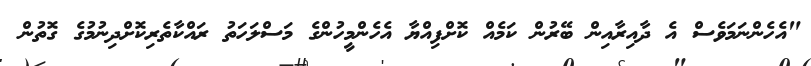
"އެހެންނަމަވެސް އެ ދާއިރާއިން ބޭރުން ކަމެއް ކޮށްފިއްޔާ އެހެންމީހުންގެ މަސްލަހަތު ރައްކާތެރިކޮށްދިނުމުގެ ގޮތުން